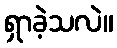
ရှာခဲ့သလဲ။